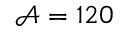
\mathcal { A } = 1 2 0